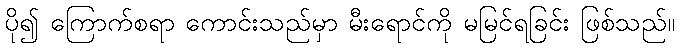
ပို၍ ကြောက်စရာ ကောင်းသည်မှာ မီးရောင်ကို မမြင်ရခြင်း ဖြစ်သည်။